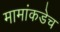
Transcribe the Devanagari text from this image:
मामांकडेच